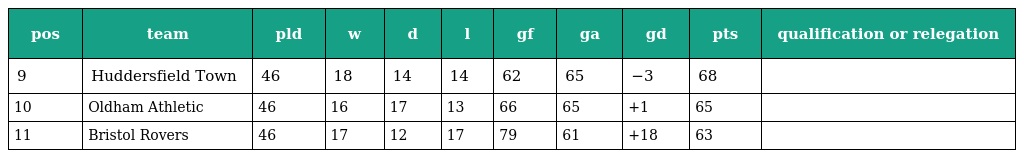
| pos | team | pld | w | d | l | gf | ga | gd | pts | qualification or relegation |
 | --- | --- | --- | --- | --- | --- | --- | --- | --- | --- | --- |
 | 9 | Huddersfield Town | 46 | 18 | 14 | 14 | 62 | 65 | −3 | 68 |  |
 | 10 | Oldham Athletic | 46 | 16 | 17 | 13 | 66 | 65 | +1 | 65 |  |
 | 11 | Bristol Rovers | 46 | 17 | 12 | 17 | 79 | 61 | +18 | 63 |  |